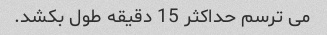
می ترسم حداکثر 15 دقیقه طول بکشد.